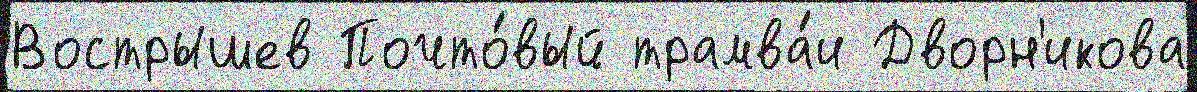
Вострышев Почто́вый трамва́и Дворн'икова